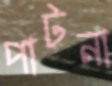
পাটনা